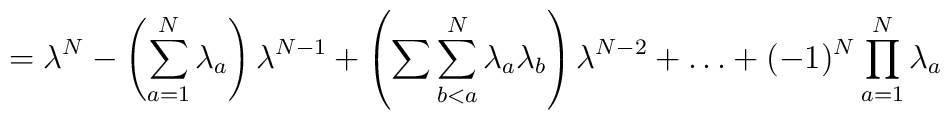
=\lambda^N-\left( \sum_{a=1}^N \lambda_a\right)\lambda^{N-1}+\left( \sum\sum_{b<a}^N \lambda_a\lambda_b\right)\lambda^{N-2}+\dots+(-1)^N \prod_{a=1}^N\lambda_a